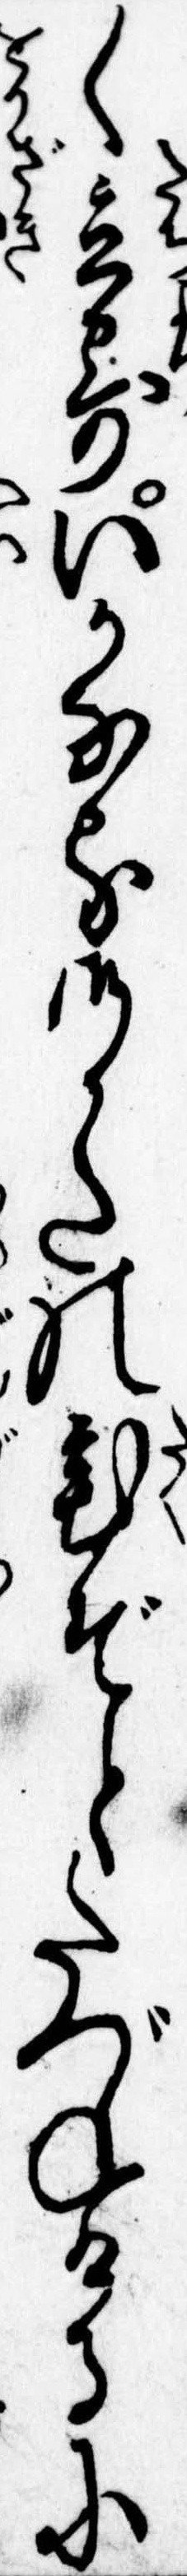
く立寄いかなる御かたの宅ぞとたづねけるに